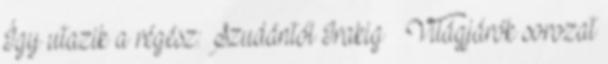
Így utazik a régész: Szudántól Irakig – Világjárók sorozat